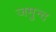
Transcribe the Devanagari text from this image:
जमुन्द